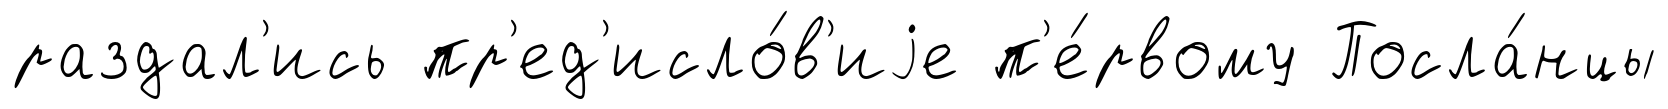
раздал'ись пр'ед'исло́в'иjе п'е́рвому Посла́нцы